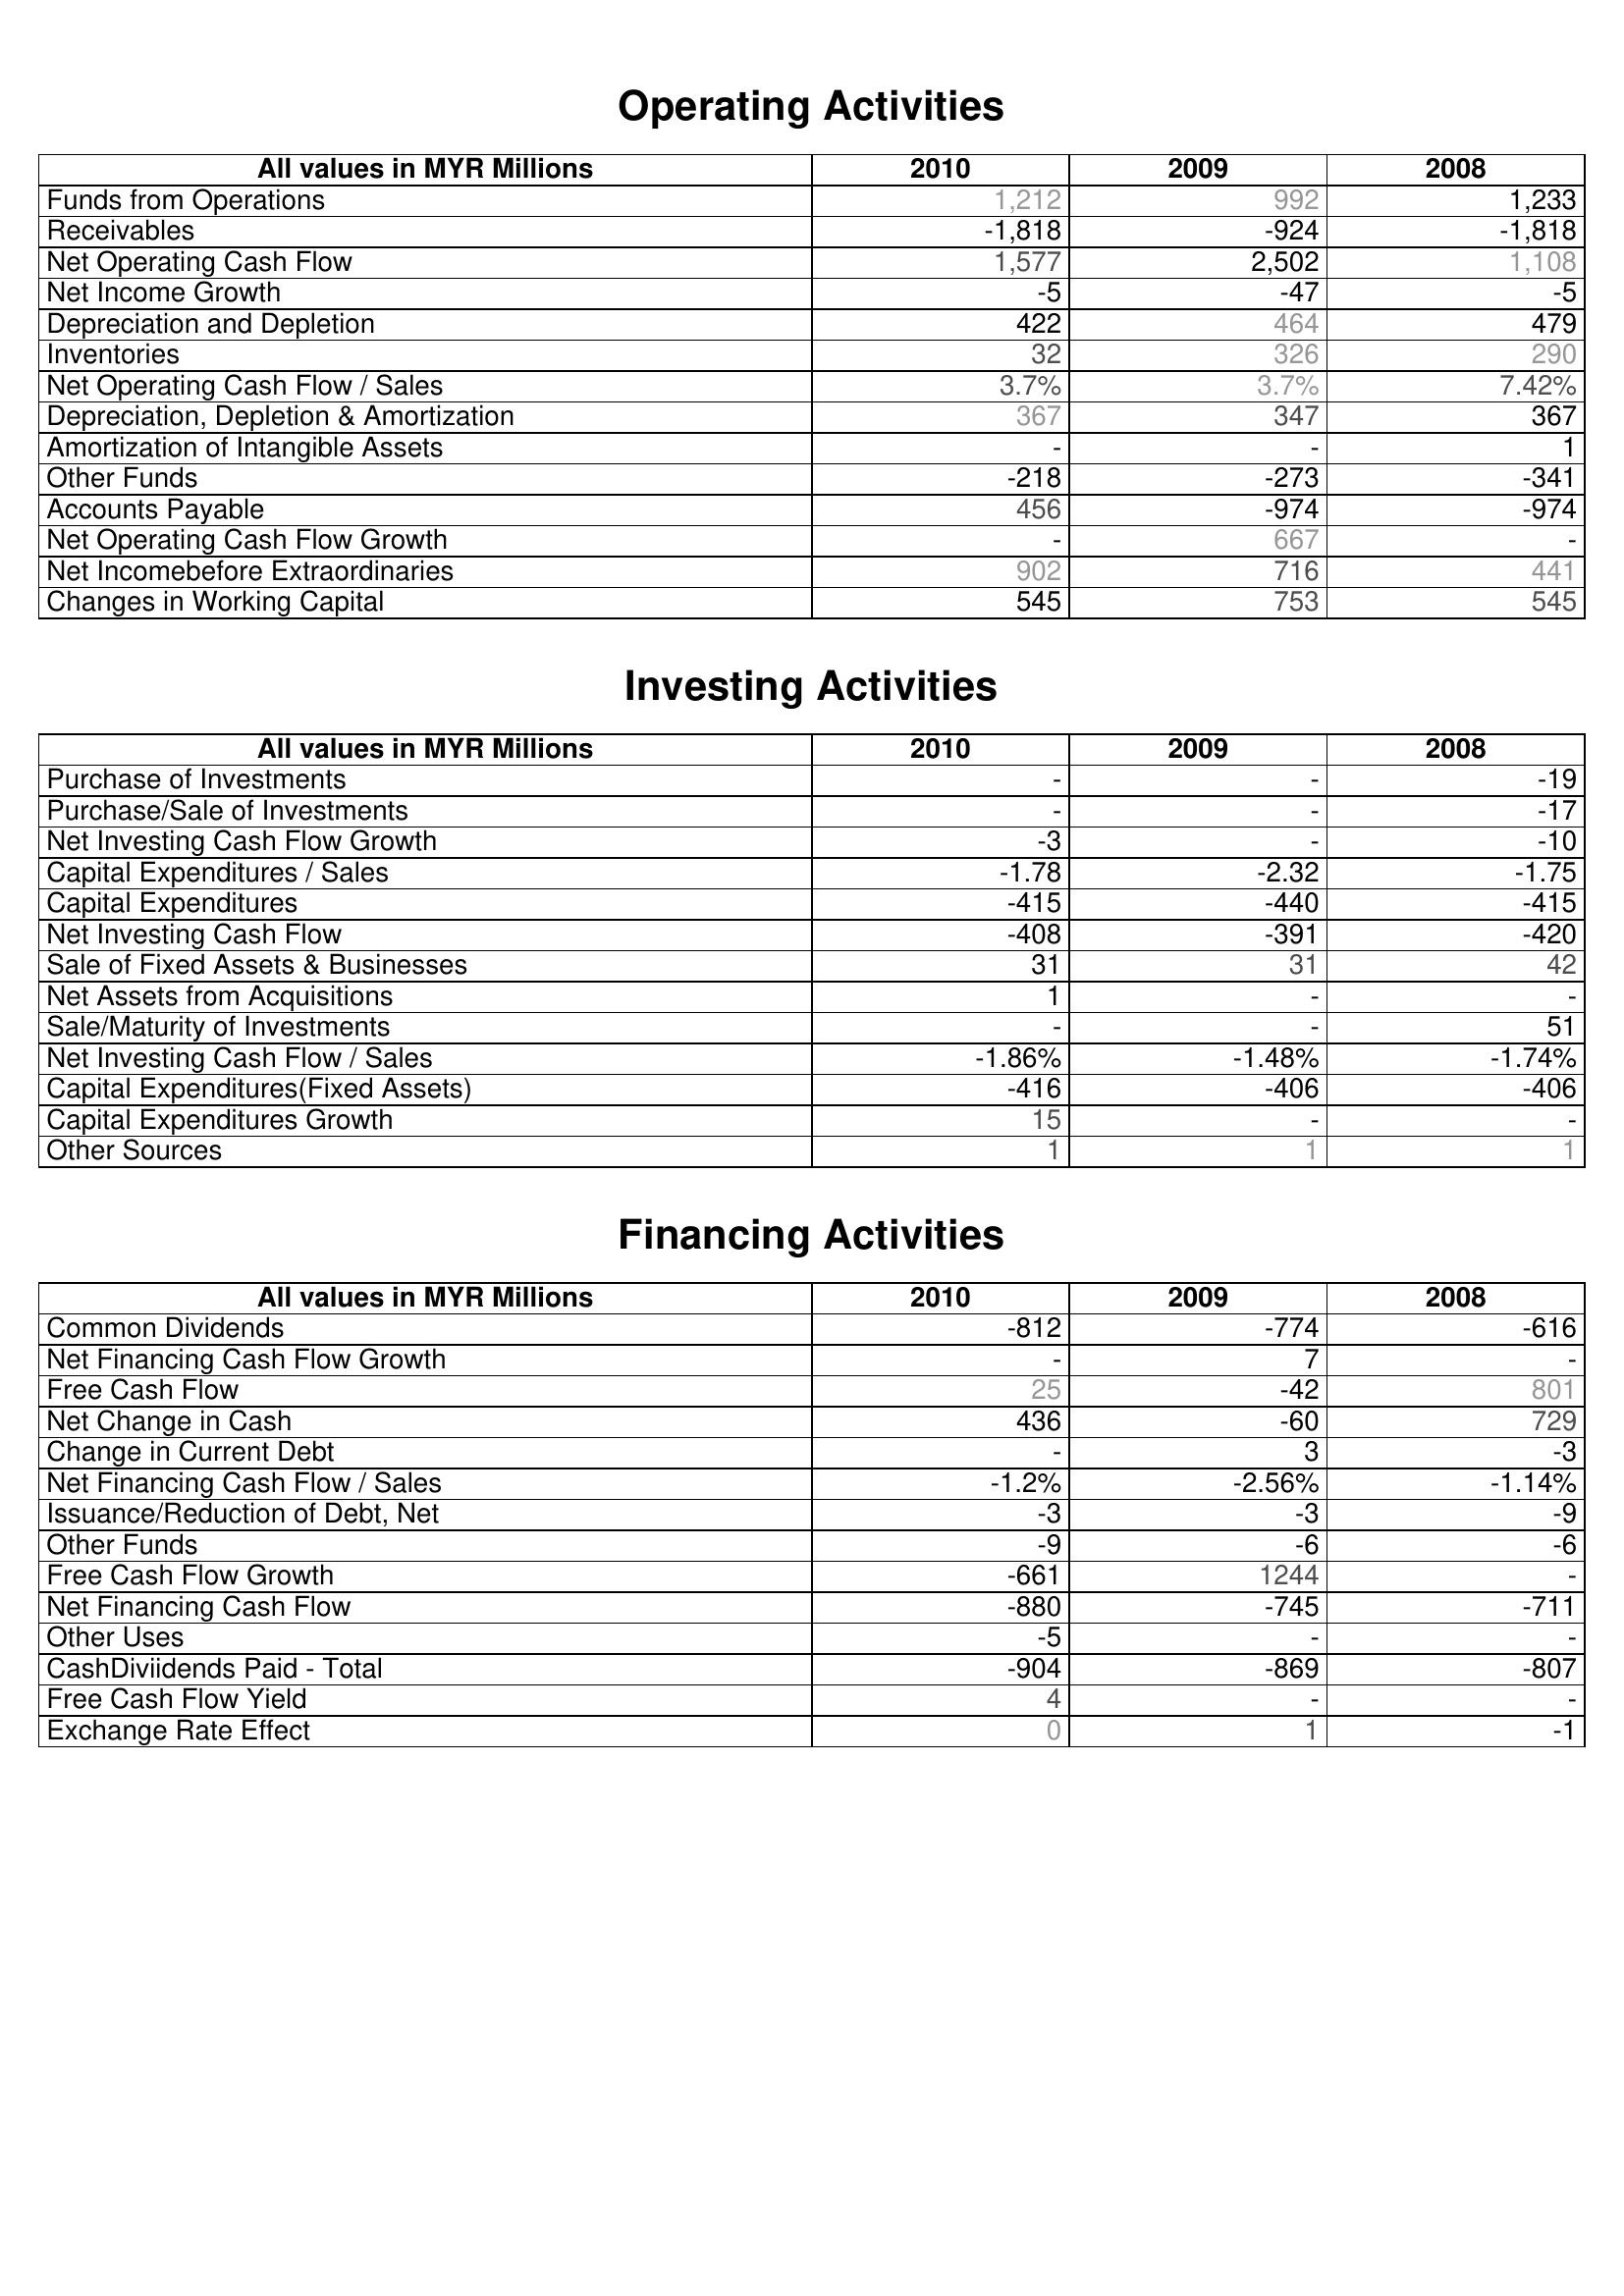
2010: Operating Activities: Funds from Operations: 1,212
Receivables: -1,818
Net Operating Cash Flow: 1,577
Net Income Growth: -5
Depreciation and Depletion: 422
Inventories: 32
Net Operating Cash Flow / Sales: 3.7%
Depreciation, Depletion & Amortization: 367
Amortization of Intangible Assets: -
Other Funds: -218
Accounts Payable: 456
Net Operating Cash Flow Growth: -
Net Incomebefore Extraordinaries: 902
Changes in Working Capital: 545
Investing Activities: Purchase of Investments: -
Purchase/Sale of Investments: -
Net Investing Cash Flow Growth: -3
Capital Expenditures / Sales: -1.78
Capital Expenditures: -415
Net Investing Cash Flow: -408
Sale of Fixed Assets & Businesses: 31
Net Assets from Acquisitions: 1
Sale/Maturity of Investments: -
Net Investing Cash Flow / Sales: -1.86%
Capital Expenditures(Fixed Assets): -416
Capital Expenditures Growth: 15
Other Sources: 1
Financing Activities: Common Dividends: -812
Net Financing Cash Flow Growth: -
Free Cash Flow: 25
Net Change in Cash: 436
Change in Current Debt: -
Net Financing Cash Flow / Sales: -1.2%
Issuance/Reduction of Debt, Net: -3
Other Funds: -9
Free Cash Flow Growth: -661
Net Financing Cash Flow: -880
Other Uses: -5
CashDiviidends Paid - Total: -904
Free Cash Flow Yield: 4
Exchange Rate Effect: 0
2009: Operating Activities: Funds from Operations: 992
Receivables: -924
Net Operating Cash Flow: 2,502
Net Income Growth: -47
Depreciation and Depletion: 464
Inventories: 326
Net Operating Cash Flow / Sales: 3.7%
Depreciation, Depletion & Amortization: 347
Amortization of Intangible Assets: -
Other Funds: -273
Accounts Payable: -974
Net Operating Cash Flow Growth: 667
Net Incomebefore Extraordinaries: 716
Changes in Working Capital: 753
Investing Activities: Purchase of Investments: -
Purchase/Sale of Investments: -
Net Investing Cash Flow Growth: -
Capital Expenditures / Sales: -2.32
Capital Expenditures: -440
Net Investing Cash Flow: -391
Sale of Fixed Assets & Businesses: 31
Net Assets from Acquisitions: -
Sale/Maturity of Investments: -
Net Investing Cash Flow / Sales: -1.48%
Capital Expenditures(Fixed Assets): -406
Capital Expenditures Growth: -
Other Sources: 1
Financing Activities: Common Dividends: -774
Net Financing Cash Flow Growth: 7
Free Cash Flow: -42
Net Change in Cash: -60
Change in Current Debt: 3
Net Financing Cash Flow / Sales: -2.56%
Issuance/Reduction of Debt, Net: -3
Other Funds: -6
Free Cash Flow Growth: 1244
Net Financing Cash Flow: -745
Other Uses: -
CashDiviidends Paid - Total: -869
Free Cash Flow Yield: -
Exchange Rate Effect: 1
2008: Operating Activities: Funds from Operations: 1,233
Receivables: -1,818
Net Operating Cash Flow: 1,108
Net Income Growth: -5
Depreciation and Depletion: 479
Inventories: 290
Net Operating Cash Flow / Sales: 7.42%
Depreciation, Depletion & Amortization: 367
Amortization of Intangible Assets: 1
Other Funds: -341
Accounts Payable: -974
Net Operating Cash Flow Growth: -
Net Incomebefore Extraordinaries: 441
Changes in Working Capital: 545
Investing Activities: Purchase of Investments: -19
Purchase/Sale of Investments: -17
Net Investing Cash Flow Growth: -10
Capital Expenditures / Sales: -1.75
Capital Expenditures: -415
Net Investing Cash Flow: -420
Sale of Fixed Assets & Businesses: 42
Net Assets from Acquisitions: -
Sale/Maturity of Investments: 51
Net Investing Cash Flow / Sales: -1.74%
Capital Expenditures(Fixed Assets): -406
Capital Expenditures Growth: -
Other Sources: 1
Financing Activities: Common Dividends: -616
Net Financing Cash Flow Growth: -
Free Cash Flow: 801
Net Change in Cash: 729
Change in Current Debt: -3
Net Financing Cash Flow / Sales: -1.14%
Issuance/Reduction of Debt, Net: -9
Other Funds: -6
Free Cash Flow Growth: -
Net Financing Cash Flow: -711
Other Uses: -
CashDiviidends Paid - Total: -807
Free Cash Flow Yield: -
Exchange Rate Effect: -1